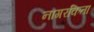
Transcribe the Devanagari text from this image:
नागरकिता